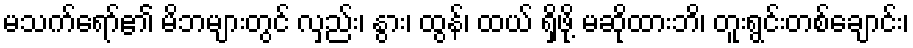
မသက်ရော်၏ မိဘများတွင် လှည်း၊ နွား၊ ထွန်၊ ထယ် ရှိဖို့ မဆိုထားဘိ၊ တူးရွင်းတစ်ချောင်း၊